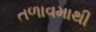
તળાવમાથી